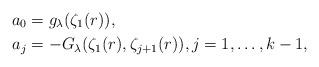
LaTeX: \begin{align*}a_0 &= g_\lambda(\zeta_1(r)),\\a_j &= -G_\lambda( \zeta_1(r), \zeta_{j+1}(r)), j=1,\ldots, k-1 ,\end{align*}